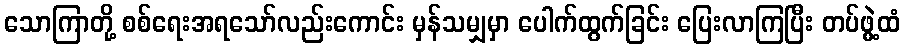
သောကြာတို့ စစ်ရေးအရသော်လည်းကောင်း မှန်သမျှမှာ ပေါက်ထွက်ခြင်း ပြေးလာကြပြီး တပ်ဖွဲ့ထံ